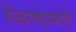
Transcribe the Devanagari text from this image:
मेळाव्यामध्ये